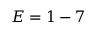
E = 1 - 7